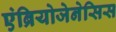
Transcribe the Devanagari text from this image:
एंब्रियोजेनेसिस